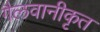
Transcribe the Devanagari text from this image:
गैलवानीकृत